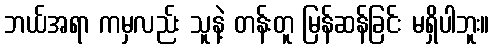
ဘယ်အရာ ကမှလည်း သူနဲ့ တန်းတူ မြန်ဆန်ခြင်း မရှိပါဘူး။